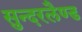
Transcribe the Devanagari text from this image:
सुन्दरलैण्ड